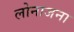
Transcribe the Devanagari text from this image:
लोनाजना